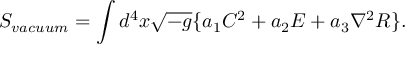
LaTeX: S _ { v a c u u m } = \int d ^ { 4 } x \sqrt { - g } \{ a _ { 1 } C ^ { 2 } + a _ { 2 } E + a _ { 3 } { \nabla } ^ { 2 } R \} .